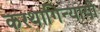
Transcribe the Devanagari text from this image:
करथागिन्यायी